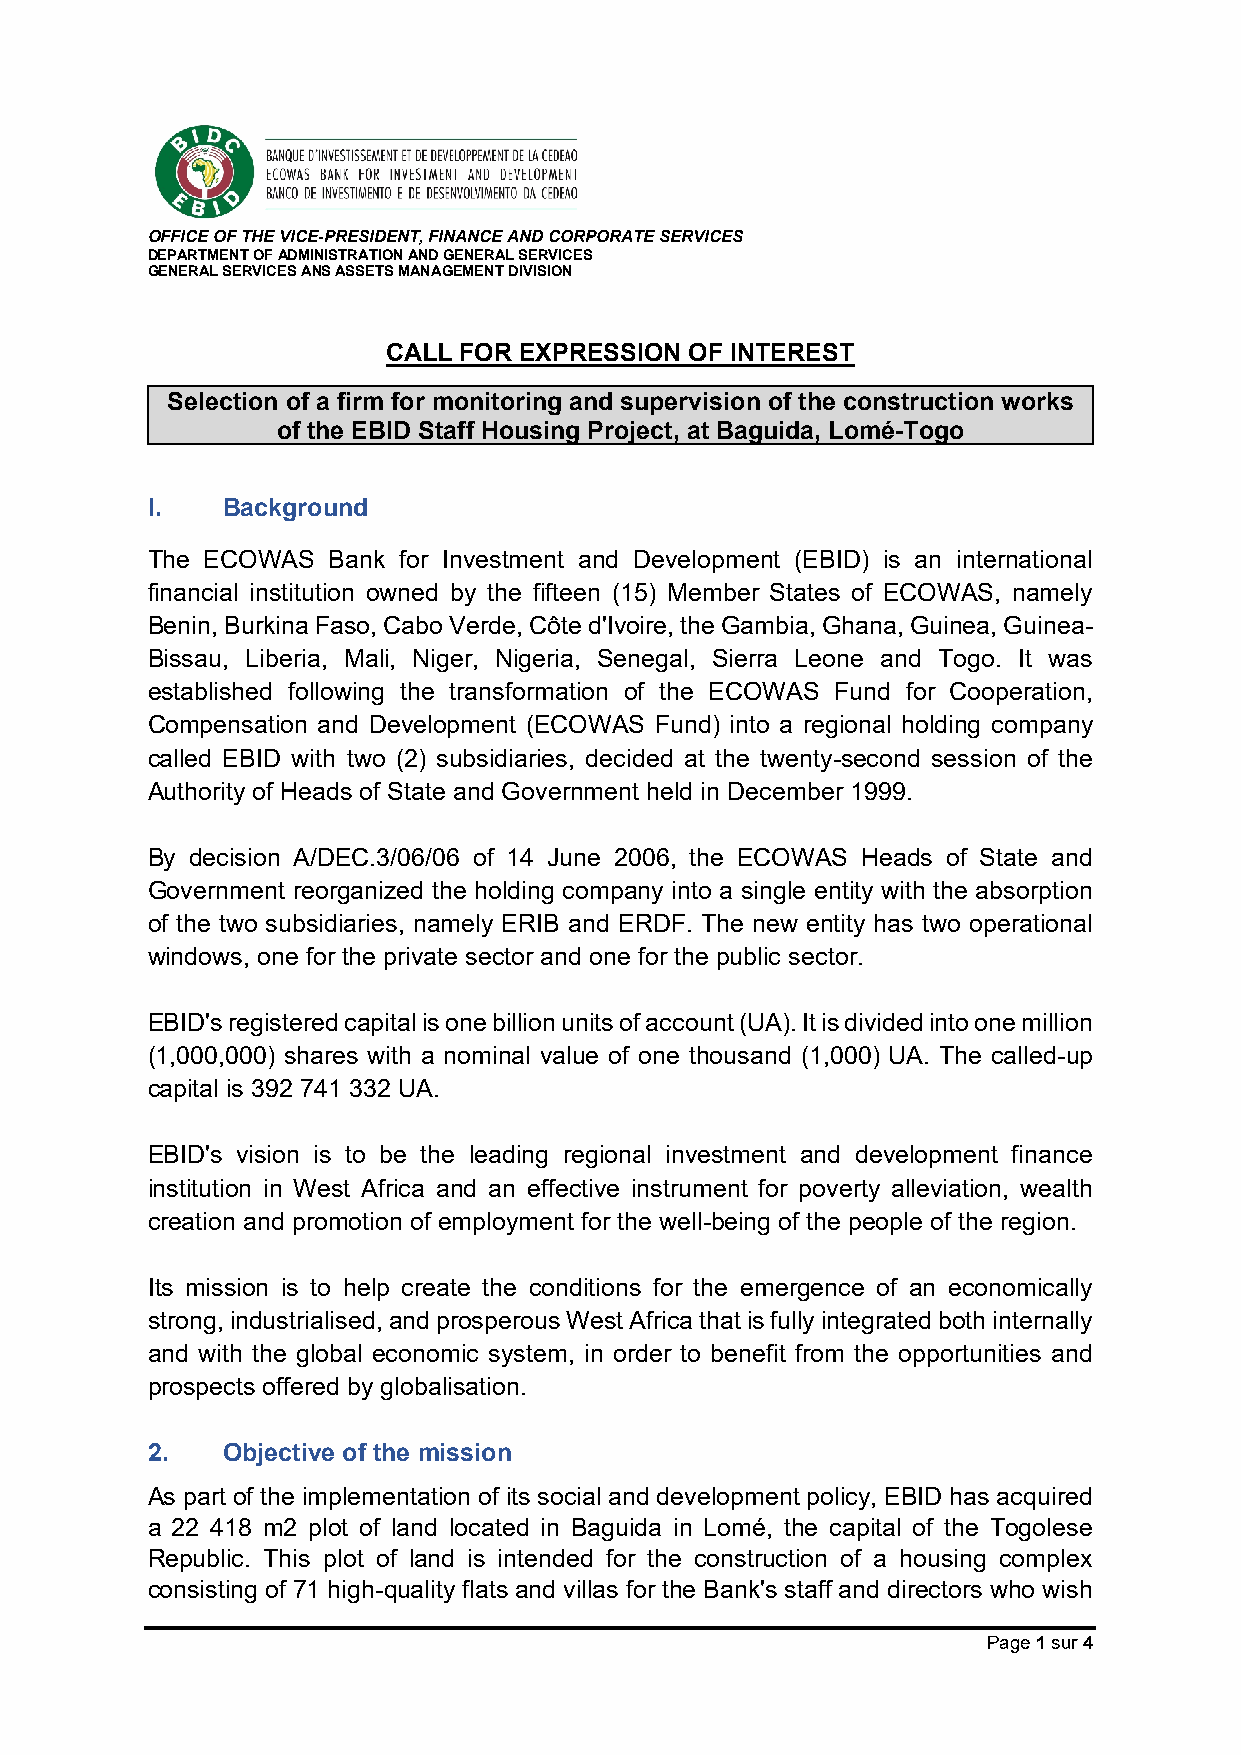
OFFICE OF THE VICE-PRESIDENT, FINANCE AND CORPORATE SERVICES
 DEPARTMENT OF ADMINISTRATION AND GENERAL SERVICES
 GENERAL SERVICES ANS ASSETS MANAGEMENT DIVISION
 CALL FOR EXPRESSION OF INTEREST
 Selection of a firm for monitoring and supervision of the construction works
 of the EBID Staff Housing Project, at Baguida, Lomé-Togo
 I.   Background
 The ECOWAS  Bank for Investment and Development (EBID) is an international
 financial institution owned by the fifteen (15) Member States of ECOWAS, namely
 Benin, Burkina Faso, Cabo Verde, Côte d'Ivoire, the Gambia, Ghana, Guinea, Guinea-
 Bissau, Liberia, Mali, Niger, Nigeria, Senegal, Sierra Leone and Togo. It was
 established following the transformation of the ECOWAS Fund for Cooperation,
 Compensation and Development (ECOWAS Fund) into a regional holding company
 called EBID with two (2) subsidiaries, decided at the twenty-second session of the
 Authority of Heads of State and Government held in December 1999.
 By decision A/DEC.3/06/06 of 14 June 2006, the ECOWAS Heads of State and
 Government reorganized the holding company into a single entity with the absorption
 of the two subsidiaries, namely ERIB and ERDF. The new entity has two operational
 windows, one for the private sector and one for the public sector.
 EBID's registered capital is one billion units of account (UA). It is divided into one million
 (1,000,000) shares with a nominal value of one thousand (1,000) UA. The called-up
 capital is 392 741 332 UA.
 EBID's vision is to be the leading regional investment and development finance
 institution in West Africa and an effective instrument for poverty alleviation, wealth
 creation and promotion of employment for the well-being of the people of the region.
 Its mission is to help create the conditions for the emergence of an economically
 strong, industrialised, and prosperous West Africa that is fully integrated both internally
 and with the global economic system, in order to benefit from the opportunities and
 prospects offered by globalisation.
 2.   Objective of the mission
 As part of the implementation of its social and development policy, EBID has acquired
 a 22 418 m2 plot of land located in Baguida in Lomé, the capital of the Togolese
 Republic. This plot of land is intended for the construction of a housing complex
 consisting of 71 high-quality flats and villas for the Bank's staff and directors who wish
 Page 1 sur 4